Scottish Leaving Certificate Examination, 1959
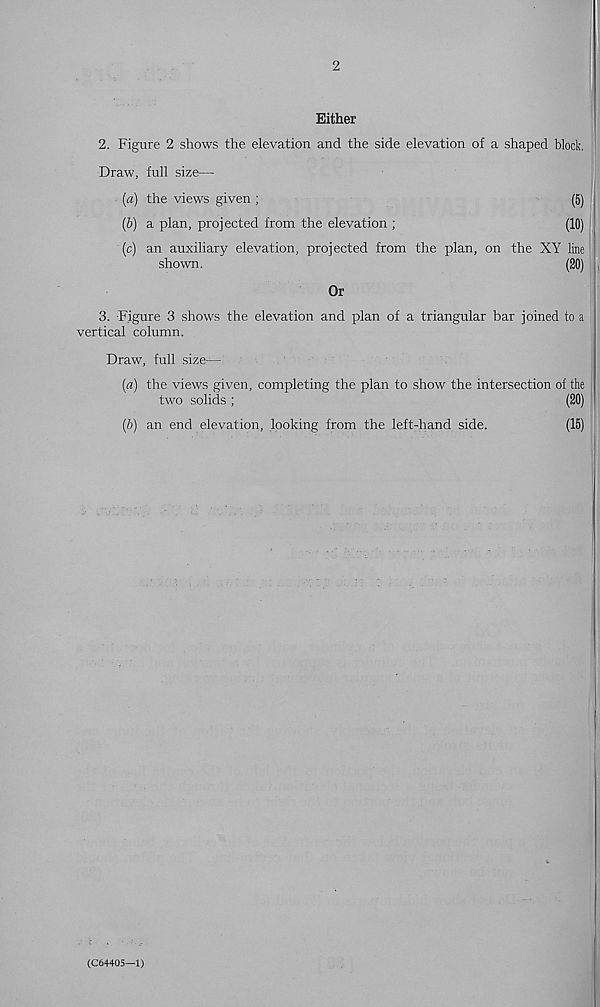
2
Either
2. Figure 2 shows the elevation and the side elevation of a shaped block.
Draw, full size—
(а) the views given ;
(5)
(б) a plan, projected from the elevation ;
(10)
(c) an auxiliary elevation, projected from the plan, on the XY line
shown.
(20)
Or
3. -Figure 3 shows the elevation and plan of a triangular bar joined to a
vertical column.
Draw, full size—
(a) the views given, completing the plan to show the intersection of the
two solids ;
(20)
(b) an end elevation, looking from the left-hand side.
(15)
(C64405—1)